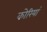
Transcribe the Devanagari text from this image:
कोरियां